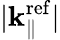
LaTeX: |{\mathbf k}_{\parallel}^{\mathrm{ref}}|